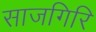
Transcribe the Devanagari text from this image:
साजगिरि